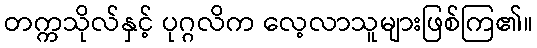
တက္ကသိုလ်နှင့် ပုဂ္ဂလိက လေ့လာသူများဖြစ်ကြ၏။